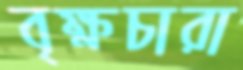
বৃক্ষচারা